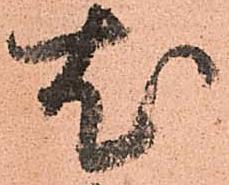
尤